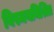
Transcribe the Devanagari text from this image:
विस्मयमिश्रित